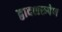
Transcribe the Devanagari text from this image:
द्वादशरूपेण